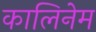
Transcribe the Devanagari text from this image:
कालिनेम